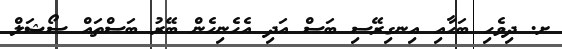
ށ. ދިވެހި ބަހާއި އިނގިރޭސި ބަސް އަދި އެހެނިހެން ބޭރު ބަސްތައް ސޯޝަލް